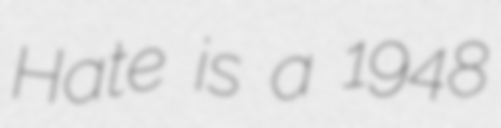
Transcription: Hate is a 1948